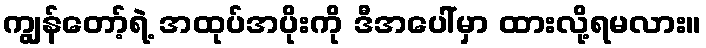
ကျွန်တော့်ရဲ့ အထုပ်အပိုးကို ဒီအပေါ်မှာ ထားလို့ရမလား။